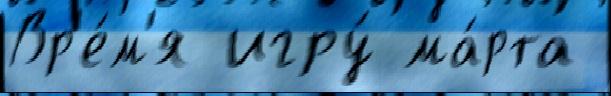
Вр'е́м'я игру́ ма́рта